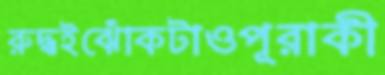
রুদ্ধইঝোঁকটাওপূরাকী